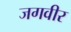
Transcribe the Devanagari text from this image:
जगवीर